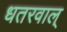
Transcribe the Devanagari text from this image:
धतरवाल्